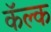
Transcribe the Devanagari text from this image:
कॅल्क